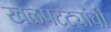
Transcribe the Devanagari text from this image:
खेळपट्ट्यांची